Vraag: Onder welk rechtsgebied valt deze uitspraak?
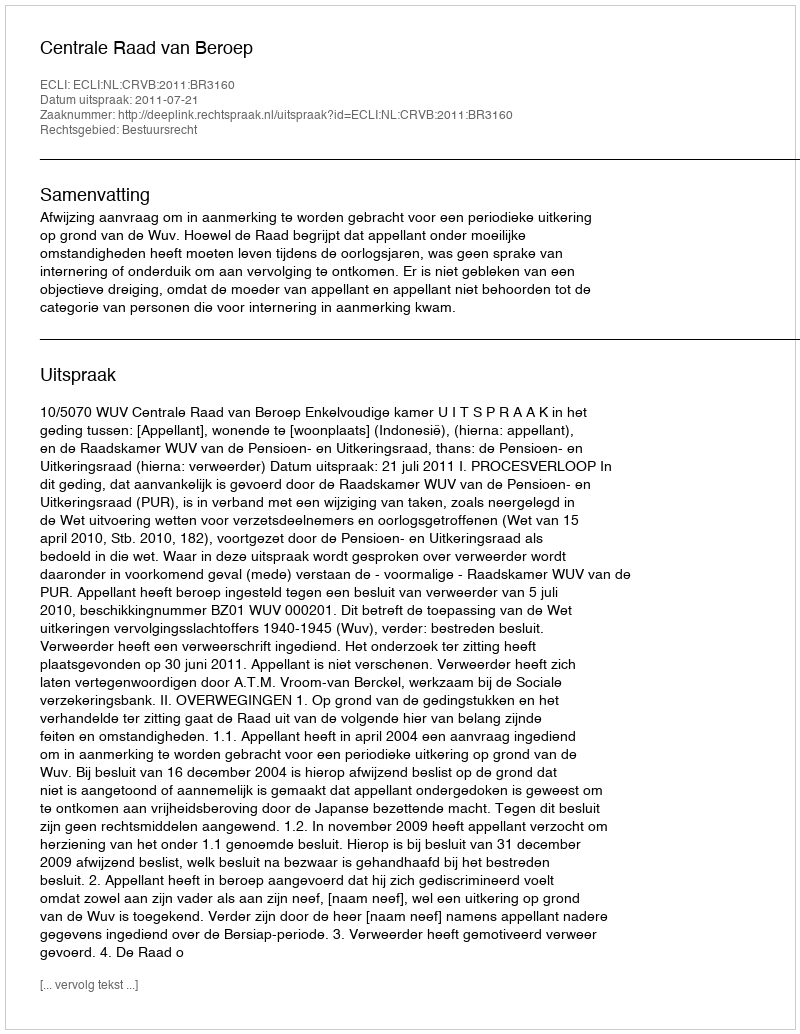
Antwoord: Bestuursrecht